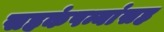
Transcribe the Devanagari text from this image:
सहकंपन्यांसह